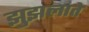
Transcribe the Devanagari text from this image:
झुझलाते